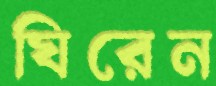
ঘিরেন